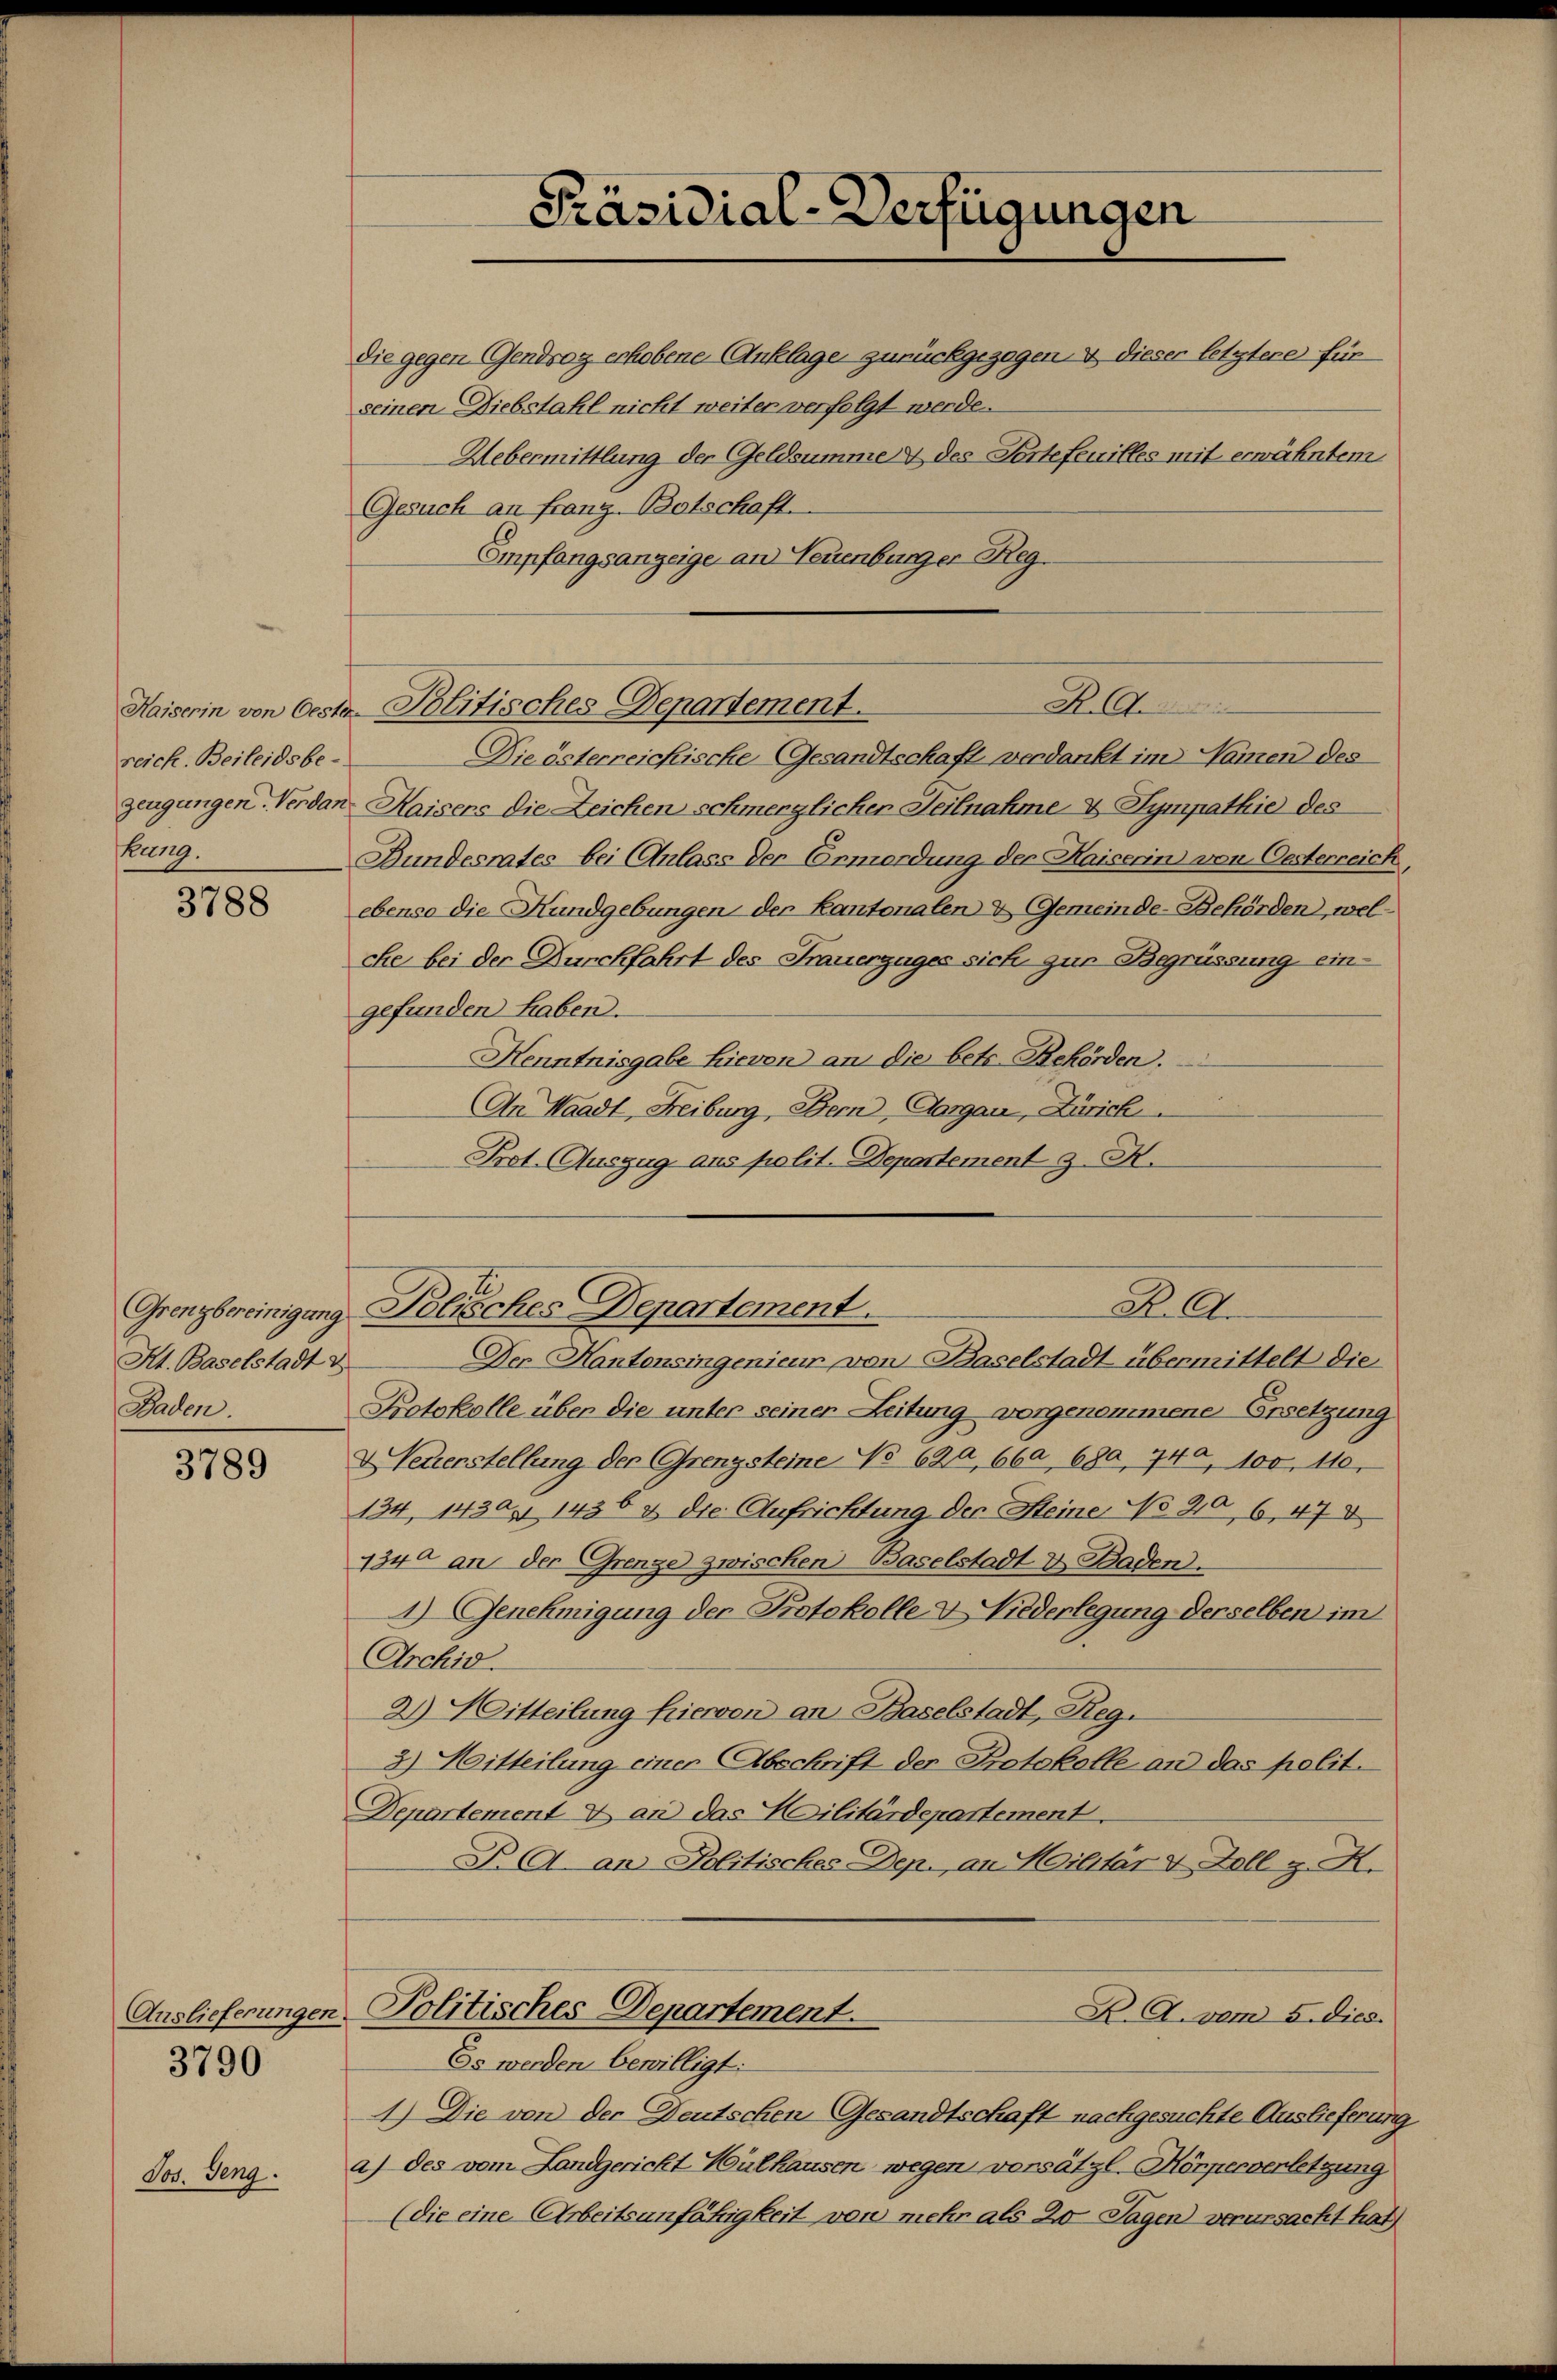
reich. Beileidsbehung.

Sot. Seng.

3788

Kt. Baselstadt
Baden.

3789

Auslieferungen.
3790

Die gegen (Gendrog erhobene Anklage zurückgezogen. 4 dieser letztere für
seinen Diebstahl nicht weiter verfolgt werde.
Uebermittlung der Geldsumme & des Partefeuilles mit erwähntem
Gesuch an franz. Botschaft
Empfangsanzeige an Neuenburger Reg.

Die österreichische Gesandtschaft verdankt im Namen des
zeugungen. Verdan Kaisers die Zeichen schmerzlicher Teilnahme & Sympathie des
Bundesrates bei Anlass der Ermordung der Kaiserin von Oesterreich,
ebenso die Hundgebungen der Kantonalen & Gemeinde-Behörden, welche bei der Durchfahrt des Frauerzuges sich zur Begrüssung eingefunden haben.
Henntnisgabe hievon an die betr. Behörden.
An Waadt, Freiburg, Bern, Aargau, Zürich
Prot. Auszug aus polit. Departement 2. X.

Präsidial-Verfügungen

R.
Haiserin von Oeste Politisches Departement.

Protokolle über die unter seiner Zeitung vorgenommene Ersetzung
Neuerstellung der Grenzsteine No 620, 660, 680, 740, 100, 110.
134, 1430, 1436 & die Aufrichtung der Steine No 40, 6, 478
340 an der Grenze zwischen Baselstadt u. Baden.
4) Genehmigung der Protokolle & Niederlegung derselben im
Archid.
2) Mitteilung frieren an Baselstadt, Reg.
2.) Mitteilung einer Abschrift der Protokolle an das polit.
Departement & an das Militärdepartement.
F. A an Politisches Dep. an Militär v. Zoll z. K.
Politisches Departement.
K.A.vom 5. dies.
Es werden bewilligt:
1.) Die von der Deutschen Gesandtschaft nachgesuchte Auslieferung
a) des vom Landgericht Hulhausen wegen vorsätzl. Körperverletzung
(die eine Arbeitsunfähigkeit von mehr als 20 Tagen verursacht hat

R. A.
Grenzbereinigung Polisches Departement.
Der Kantonsingenieur von Baselstadt übermittelt die